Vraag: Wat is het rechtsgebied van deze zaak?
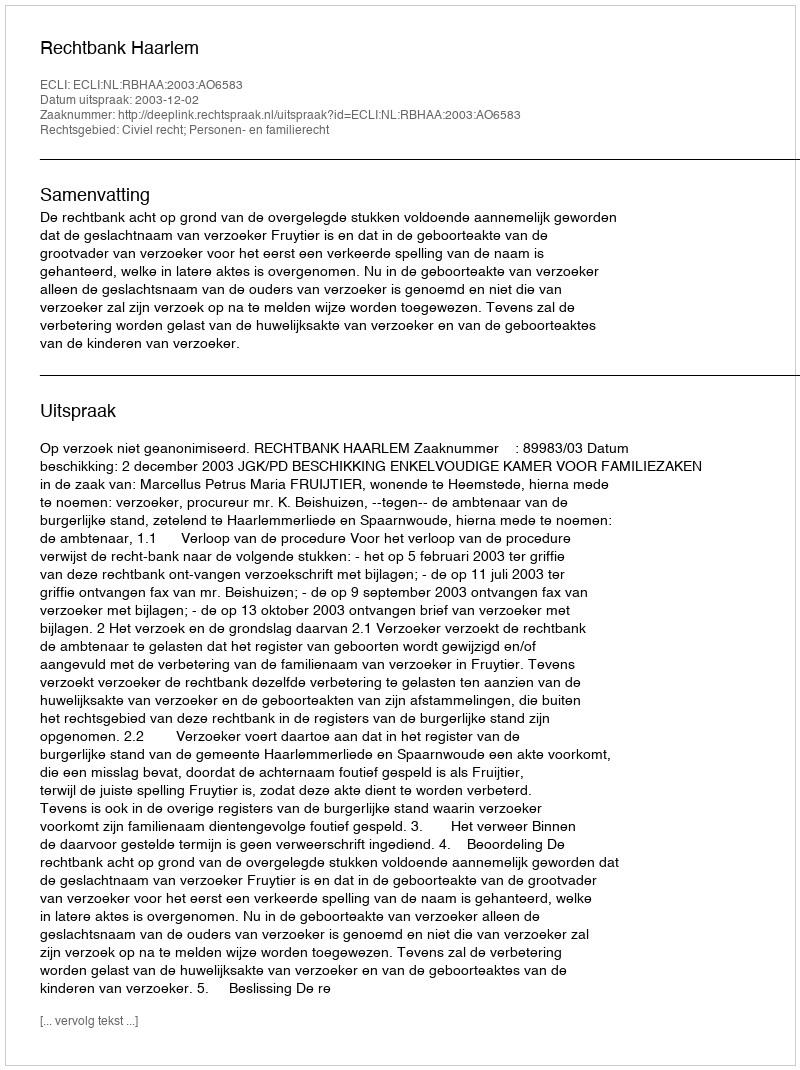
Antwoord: Civiel recht; Personen- en familierecht